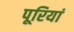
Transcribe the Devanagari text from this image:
पूरियां